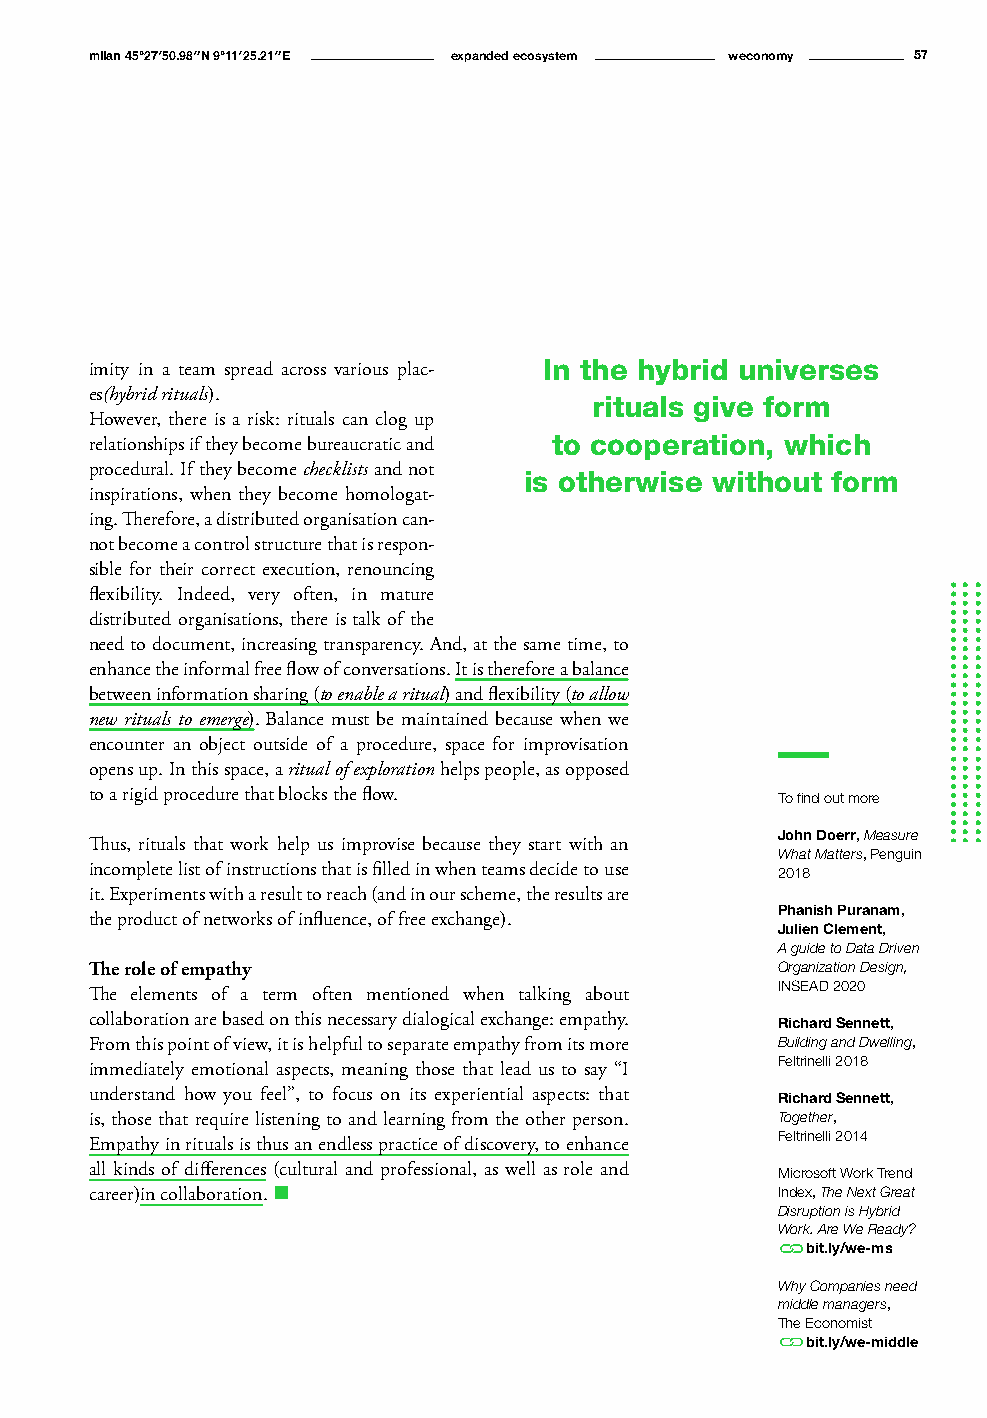
milan 45°27′50.98″N 9°11′25.21″E expanded ecosystem weconomy 57
 imity in a team spread across various plac- In the hybrid universes
 es(hybrid rituals).
 rituals give form
 However, there is a risk: rituals can clog up
 relationships if they become bureaucratic and to cooperation, which
 procedural. If they become checklists and not
 is otherwise without form
 inspirations, when they become homologat-
 ing. Therefore, a distributed organisation can-
 not become a control structure that is respon-
 sible for their correct execution, renouncing
 flexibility. Indeed, very often, in mature
 distributed organisations, there is talk of the
 need to document, increasing transparency. And, at the same time, to
 enhance the informal free flow of conversations. It is therefore a balance
 between information sharing (to enable a ritual) and flexibility (to allow
 new rituals to emerge). Balance must be maintained because when we
 encounter an object outside of a procedure, space for improvisation
 opens up. In this space, a ritual of exploration helps people, as opposed
 to a rigid procedure that blocks the flow.   To find out more
 John Doerr, Measure
 Thus, rituals that work help us improvise because they start with an
 What Matters, Penguin
 incomplete list of instructions that is filled in when teams decide to use 2018
 it. Experiments with a result to reach (and in our scheme, the results are
 Phanish Puranam,
 the product of networks of influence, of free exchange).
 Julien Clement,
 A guide to Data Driven
 The role of empathy                          Organization Design,
 INSEAD 2020
 The elements of a term often mentioned when talking about
 collaboration are based on this necessary dialogical exchange: empathy. Richard Sennett,
 From this point of view, it is helpful to separate empathy from its more Building and Dwelling,
 Feltrinelli 2018
 immediately emotional aspects, meaning those that lead us to say “I
 understand how you feel”, to focus on its experiential aspects: that Richard Sennett,
 is, those that require listening to and learning from the other person. Together,
 Feltrinelli 2014
 Empathy in rituals is thus an endless practice of discovery, to enhance
 all kinds of differences (cultural and professional, as well as role and Microsoft Work Trend
 career)in collaboration. n                   Index, The Next Great
 Disruption is Hybrid
 Work. Are We Ready?
 bit.ly/we-ms
 Why Companies need
 middle managers,
 The Economist
 bit.ly/we-middle